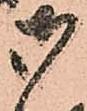
御